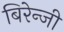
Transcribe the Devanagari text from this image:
बिरेन्जी